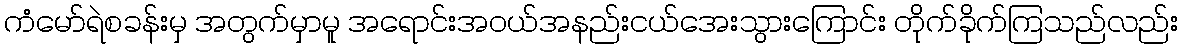
ကံမော်ရဲစခန်းမှ အတွက်မှာမူ အရောင်းအဝယ်အနည်းငယ်အေးသွားကြောင်း တိုက်ခိုက်ကြသည်လည်း